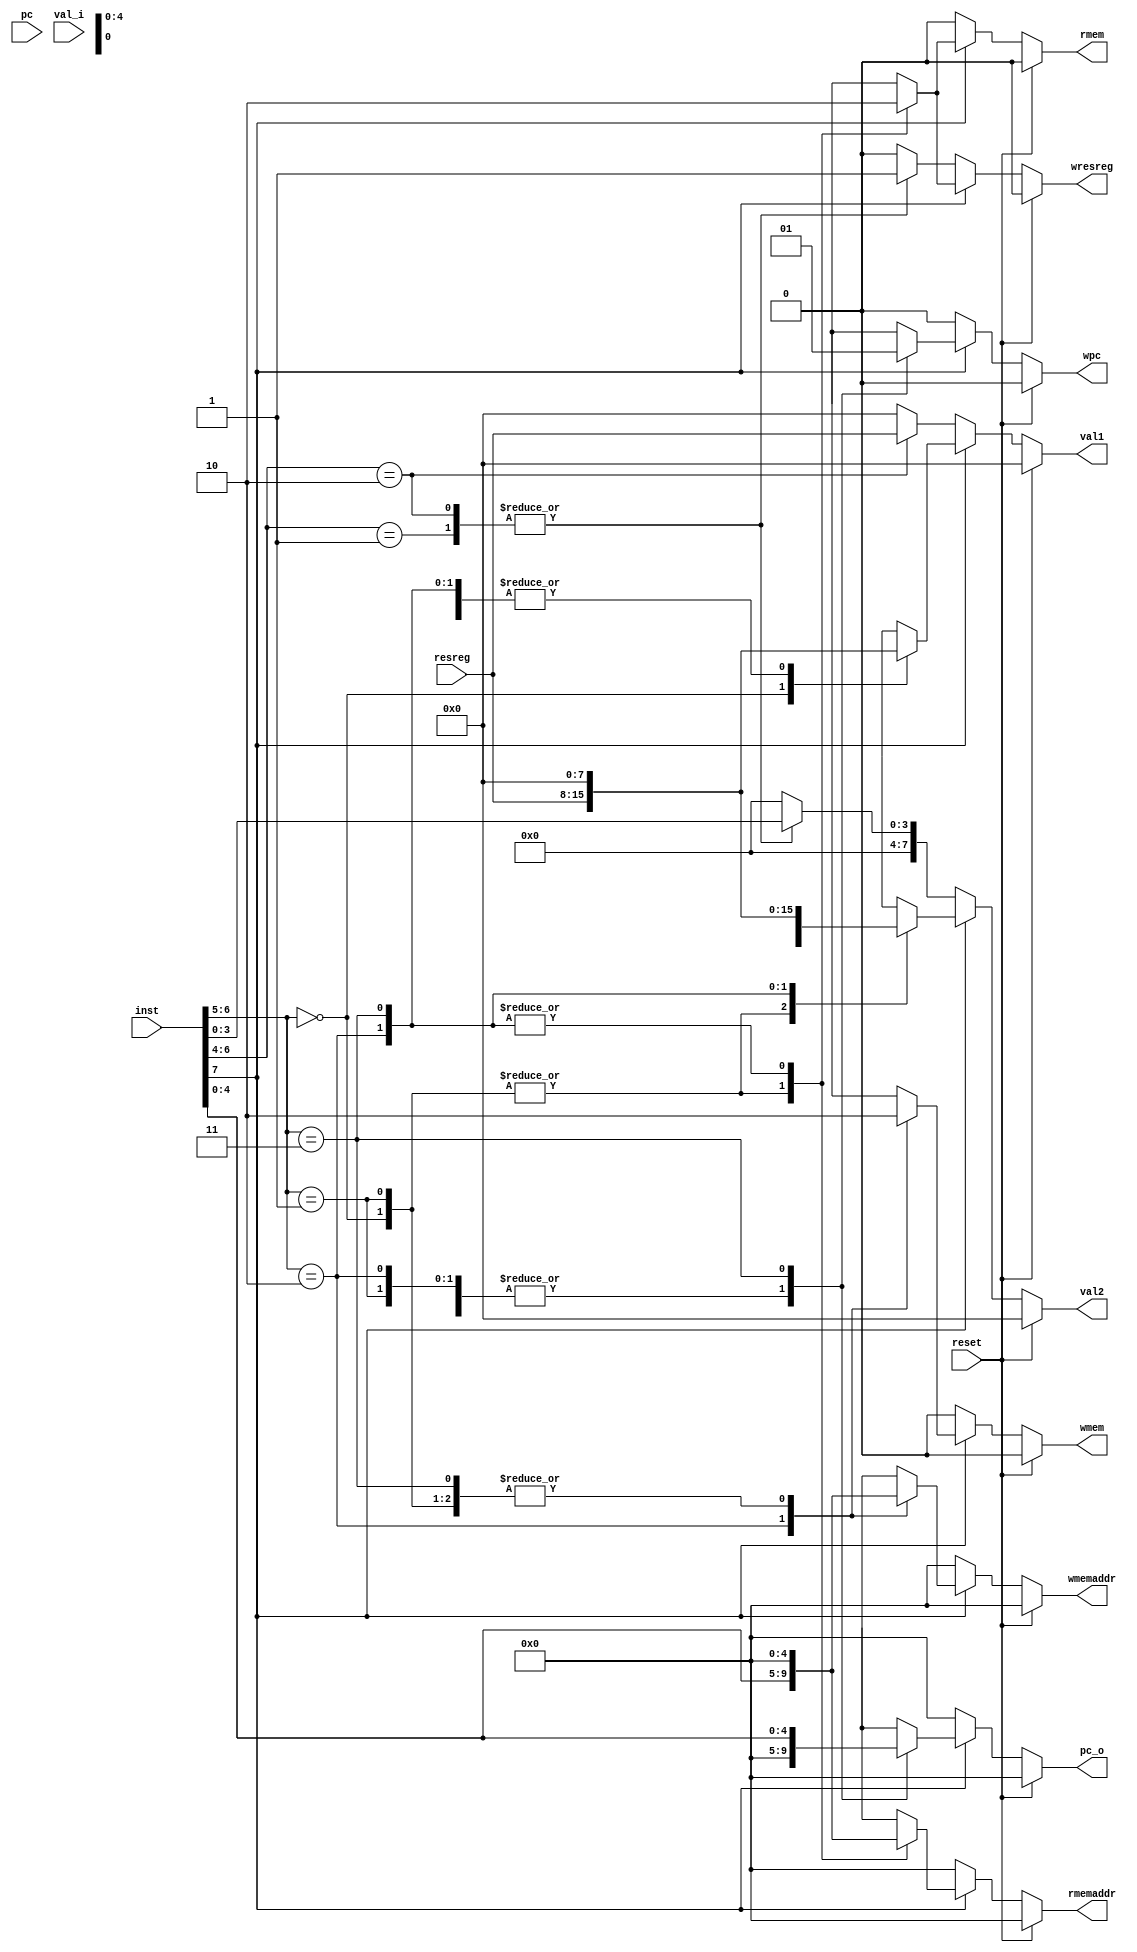
module id
    ( input wire reset
    , input wire[4:0] pc
    , input wire[7:0] inst
    , input wire[7:0] resreg
    , input wire[7:0] val_i

    , output reg[7:0] val1
    , output reg[7:0] val2
    , output reg wmem
    , output reg[4:0] wmemaddr
    , output reg wresreg
    , output reg wpc
    , output reg[4:0] pc_o
    , output reg rmem
    , output reg[4:0] rmemaddr
    );

always @(*) begin
    if (reset == 1) begin
        val1 <= 0;
        val2 <= 0;
        wmem <= 0;
        wmemaddr <= 0;
        wresreg <= 0;
        wpc <= 0;
        pc_o <= 0;
        rmem <= 0;
        rmemaddr <= 0;
    end else if (inst[7] == 0) begin
        // non-addr inst
        case (inst[6:4])
            3'b001: begin // loadi: load immediate
                val1 <= 0;
                val2 <= {4'b0000, inst[3:0]};
                wmem <= 0;
                wmemaddr <= 0;
                wresreg <= 1;
                wpc <= 0;
                pc_o <= 0;
                rmem <= 0;
                rmemaddr <= 0;
            end
            3'b010: begin // addi: add immediate
                val1 <= resreg;
                val2 <= {4'b0000, inst[3:0]};
                wmem <= 0;
                wmemaddr <= 0;
                wresreg <= 1;
                wpc <= 0;
                pc_o <= 0;
                rmem <= 0;
                rmemaddr <= 0;   
            end
            default: begin // nop or anything else
                val1 <= 0;
                val2 <= 0;
                wmem <= 0;
                wmemaddr <= 0;
                wresreg <= 0;
                wpc <= 0;
                pc_o <= 0;
                rmem <= 0;
                rmemaddr <= 0;    
            end
        endcase
    end else begin
        case (inst[6:5])
            2'b00: begin // add
                val1 <= resreg;
                val2 <= val_i;
                wmem <= 0;
                wmemaddr <= 0;
                wresreg <= 1;
                wpc <= 0;
                pc_o <= 0;
                rmem <= 1;
                rmemaddr <= inst[4:0];
            end
            2'b01: begin
                val1 <= 0;
                val2 <= val_i;
                wmem <= 0;
                wmemaddr <= 0;
                wresreg <= 1;
                wpc <= 0;
                pc_o <= 0;
                rmem <= 1;
                rmemaddr <= inst[4:0]; 
            end
            2'b10: begin
                val1 <= 0;
                val2 <= resreg;
                wmem <= 1;
                wmemaddr <= inst[4:0];
                wresreg <= 0;
                wpc <= 0;
                pc_o <= 0;
                rmem <= 0;
                rmemaddr <= 0; 
            end
            2'b11: begin
                val1 <= 0;
                val2 <= 0;
                wmem <= 0;
                wmemaddr <= 0;
                wresreg <= 0;
                wpc <= 1;
                pc_o <= inst[4:0];
                rmem <= 0;
                rmemaddr <= 0; 
            end
            default: begin
                val1 <= 0;
                val2 <= 0;
                wmem <= 0;
                wmemaddr <= 0;
                wresreg <= 0;
                wpc <= 0;
                pc_o <= 0;
                rmem <= 0;
                rmemaddr <= 0;  
            end
        endcase
    end
end

endmodule